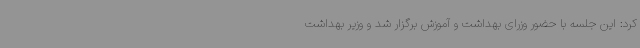
کرد: این جلسه با حضور وزرای بهداشت و آموزش برگزار شد و وزیر بهداشت